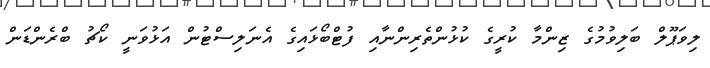
ލިވަޕޫލް ބަލިވުމުގެ ޒިންމާ ކުރީގެ ކުޅުންތެރިންނާއި ފުޓްބޯޅައިގެ އެނަލިސްޓުން އަޅުވަނީ ކޯޗު ބްރެންޑަން